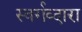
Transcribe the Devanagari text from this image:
स्वर्गव्दारा